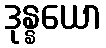
ဒုန္နယော